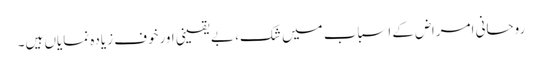
روحانی امراض کے اسباب میں شک، بے یقینی اورخوف زیادہ نمایاں ہیں۔